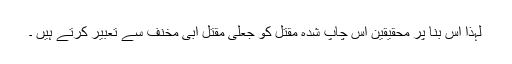
لہذا اس بنا پر محقیقین اس چاپ شدہ مقتل کو جعلی مقتل ابی مخنف سے تعبیر کرتے ہیں ۔